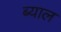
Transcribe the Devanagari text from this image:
ब्‍याल